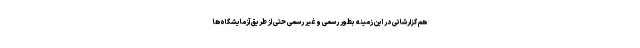
هم گزارشاتی در این زمینه بطور رسمی و غیر رسمی حتی از طریق آزمایشگاه‌ها